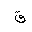
Letter: _qaf